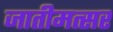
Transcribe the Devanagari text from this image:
जातीमत्सर